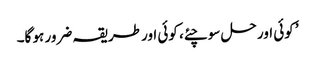
’ کوئی اور حل سوچئے، کوئی اور طریقہ ضرور ہو گا۔